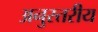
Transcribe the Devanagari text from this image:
अनुस्तरीय